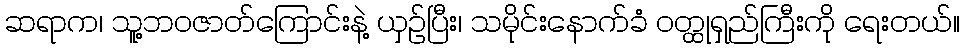
ဆရာက၊ သူ့ဘဝဇာတ်ကြောင်းနဲ့ ယှဉ်ပြီး၊ သမိုင်းနောက်ခံ ဝတ္ထုရှည်ကြီးကို ရေးတယ်။